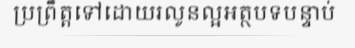
ប្រព្រឹត្តទៅដោយរលូនល្អអត្ថបទបន្ទាប់